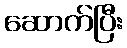
ဆောက်ပြီး